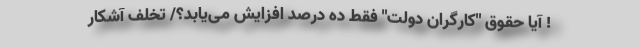
! آیا حقوقِ "کارگران دولت" فقط ده درصد افزایش می‌یابد؟/ تخلف آشکار